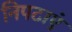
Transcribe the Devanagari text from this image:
निपटाएं